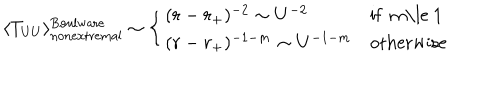
\langle T _ { U U } \rangle _ { \mathrm { n o n e x t r e m a l } } ^ { \mathrm { B o u l w a r e } } \sim \left\{ \begin{array} { l l } { { ( r - r _ { + } ) ^ { - 2 } \sim U ^ { - 2 } } } & { { \mathrm { i f ~ m \le ~ 1 ~ } } } \\ { { ( r - r _ { + } ) ^ { - 1 - m } \sim U ^ { - 1 - m } } } & { { \mathrm { o t h e r w i s e } } } \\ \end{array} \right.